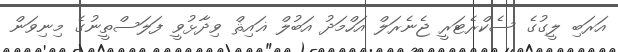
އަރަބި ލީގުގެ ސެކްރެޓަރީ ޖެނެރަލް އަހްމަދު އަބުލް ޣައިޘް ވިދާޅުވީ ފަލަސްތީނުގެ މިނިވަން